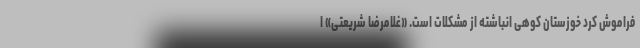
فراموش کرد خوزستان کوهی انباشته از مشکلات است. «غلامرضا شریعتی» ا